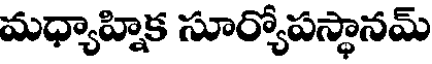
మధ్యాహ్నిక సూర్యోపస్థానమ్